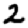
Digit: 2